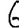
Digit: 6